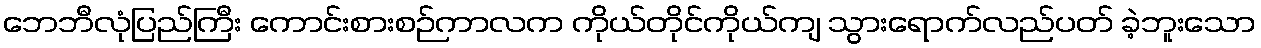
ဘေဘီလုံပြည်ကြီး ကောင်းစားစဉ်ကာလက ကိုယ်တိုင်ကိုယ်ကျ သွားရောက်လည်ပတ် ခဲ့ဘူးသော